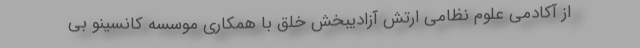
از آکادمی علوم نظامی ارتش آزادیبخش خلق با همکاری موسسه کانسینو بی